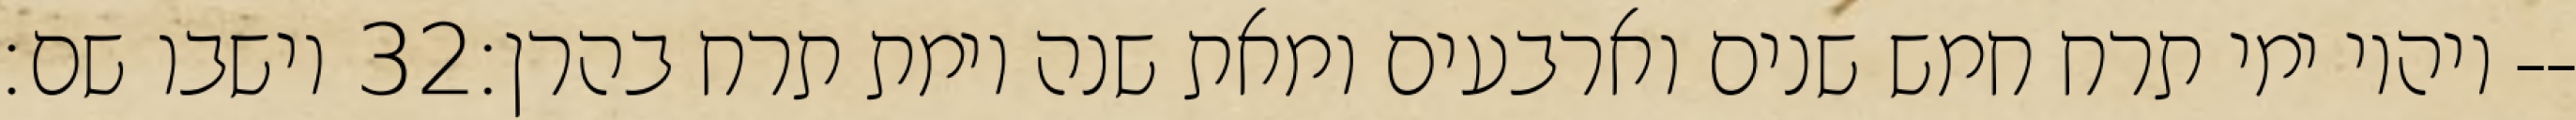
וישבו שם׃ ‎32‏ ויהיו ימי תרח חמש שנים וארבעים ומאת שנה וימת תרח בהרן׃--